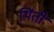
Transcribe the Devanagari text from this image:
थिंती